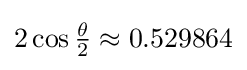
2\cos {\tfrac {\theta }{2}}\approx 0.529864